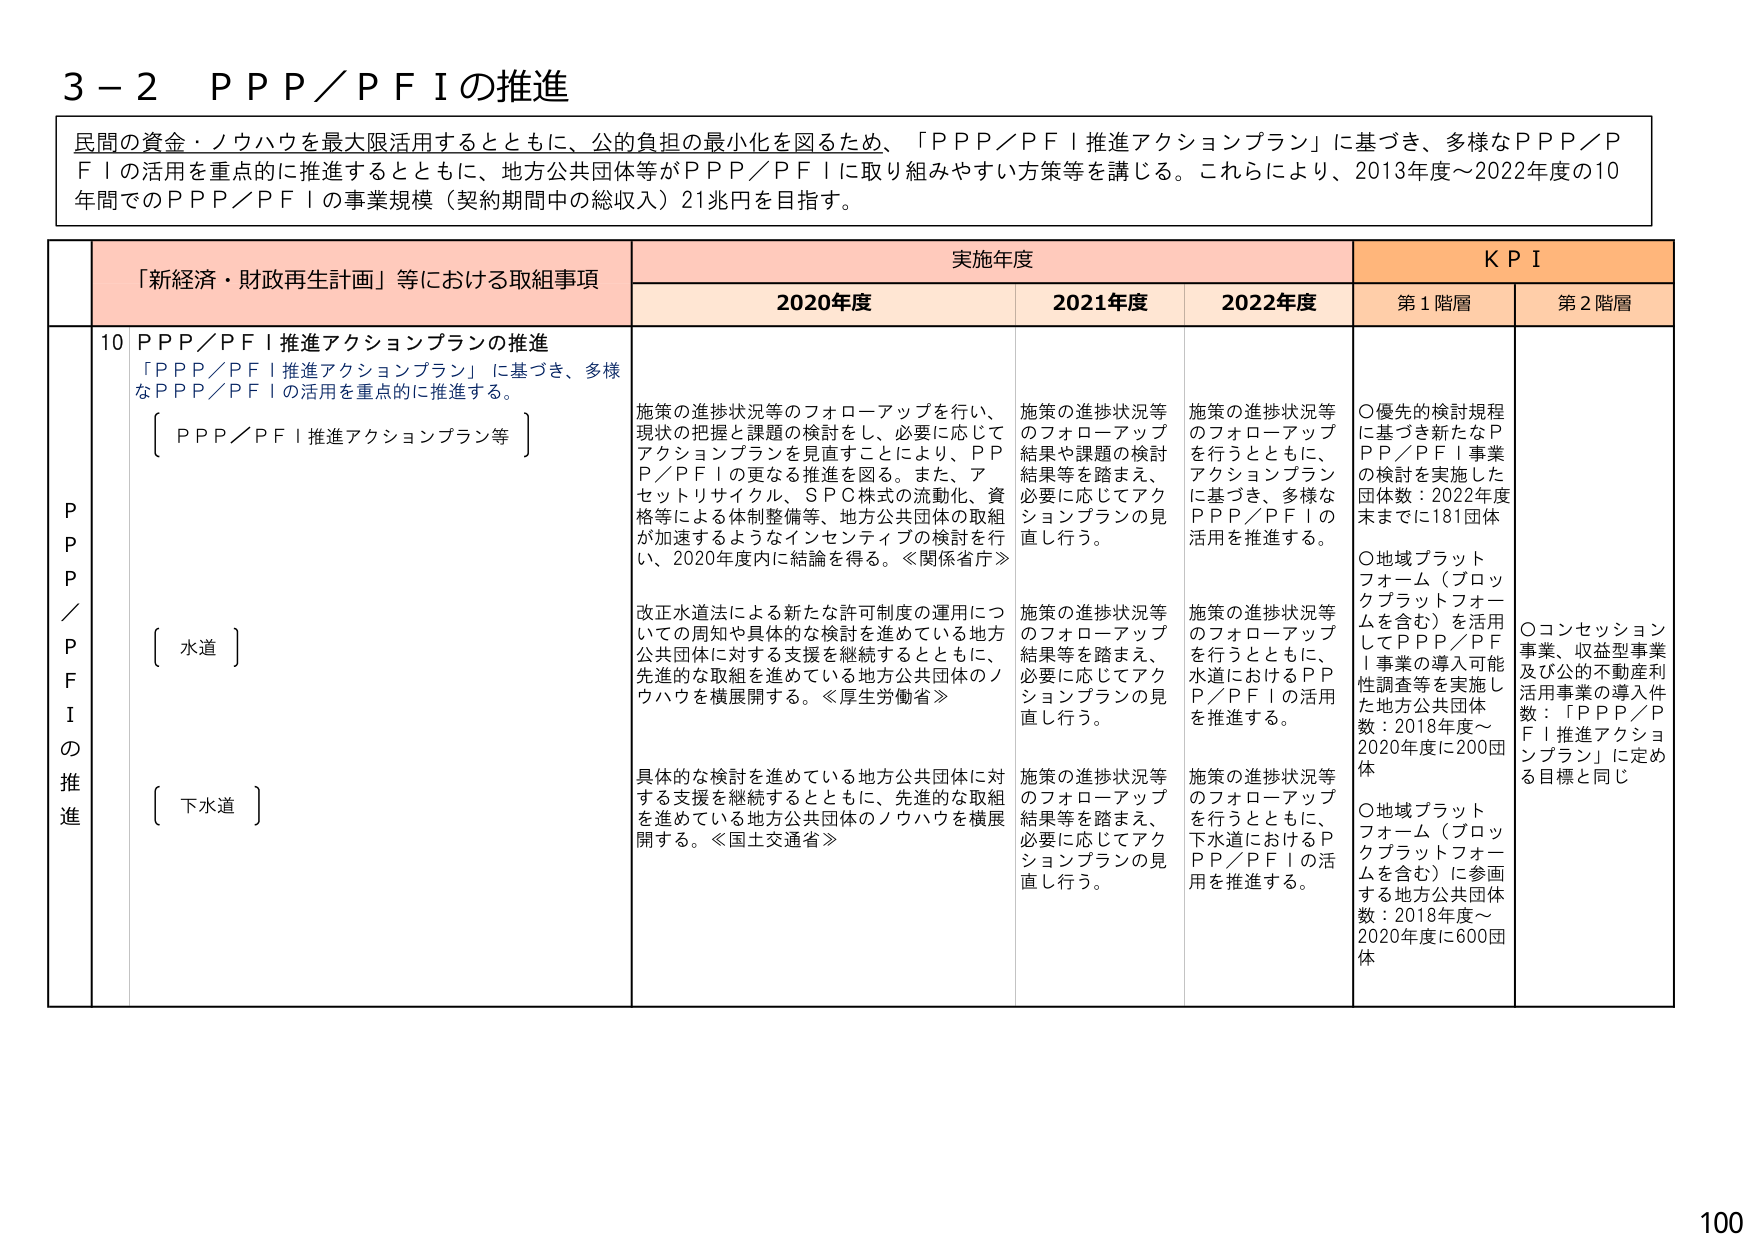
3－2　ＰＰＰ／ＰＦＩの推進

民間の資金・ノウハウを最大限活用するとともに、公的負担の最小化を図るため、「ＰＰＰ／ＰＦＩ推進アクションプラン」に基づき、多様なＰＰＰ／ＰＦＩの活用を重点的に推進するとともに、地方公共団体等がＰＰＰ／ＰＦＩに取り組みやすい方策等を講じる。これらにより、2013年度～2022年度の10年間でのＰＰＰ／ＰＦＩの事業規模（契約期間中の総収入）21兆円を目指す。

「新経済・財政再生計画」等における取組事項　　実施年度　　ＫＰＩ
　　　　　　　　　　　　　　　　　　　　　　　　2020年度　　2021年度　　2022年度　　第1階層　　第2階層

ＰＰＰ／ＰＦＩの推進
10　ＰＰＰ／ＰＦＩ推進アクションプランの推進
　　「ＰＰＰ／ＰＦＩ推進アクションプラン」に基づき、多様なＰＰＰ／ＰＦＩの活用を重点的に推進する。
　　〔ＰＰＰ／ＰＦＩ推進アクションプラン等〕
　　〔水道〕
　　〔下水道〕

　　施策の進捗状況等のフォローアップを行い、現状の把握と課題の検討をし、必要に応じてアクションプランを見直すことにより、ＰＰＰ／ＰＦＩの更なる推進を図る。また、アセットリサイクル、ＳＰＣ株式の流動化、資格等による体制整備等、地方公共団体の取組が加速するようなインセンティブの検討を行い、2020年度内に結論を得る。≪関係省庁≫

　　改正水道法による新たな許可制度の運用についての周知や具体的な検討を進めている地方公共団体に対する支援を継続するとともに、先進的な取組を進めている地方公共団体のノウハウを横展開する。≪厚生労働省≫

　　具体的な検討を進めている地方公共団体に対する支援を継続するとともに、先進的な取組を進めている地方公共団体のノウハウを横展開する。≪国土交通省≫

　　施策の進捗状況等のフォローアップ結果や課題の検討結果等を踏まえ、必要に応じてアクションプランの見直しを行う。

　　施策の進捗状況等のフォローアップを行うとともに、アクションプランに基づき、多様なＰＰＰ／ＰＦＩの活用を推進する。

　　施策の進捗状況等のフォローアップ結果等を踏まえ、必要に応じてアクションプランの見直しを行う。

　　施策の進捗状況等のフォローアップを行うとともに、水道におけるＰＰＰ／ＰＦＩの活用を推進する。

　　施策の進捗状況等のフォローアップ結果等を踏まえ、必要に応じてアクションプランの見直しを行う。

　　施策の進捗状況等のフォローアップを行うとともに、下水道におけるＰＰＰ／ＰＦＩの活用を推進する。

　　○優先的検討規程に基づき新たなＰＰＰ／ＰＦＩ事業の検討を実施した団体数：2022年度末までに181団体
　　○地域プラットフォーム（ブロックプラットフォームを含む）を活用してＰＰＰ／ＰＦＩ事業の導入可能性調査等を実施した地方公共団体数：2018年度～2020年度に200団体
　　○地域プラットフォーム（ブロックプラットフォームを含む）に参画する地方公共団体数：2018年度～2020年度に600団体
　　○コンセッション事業、収益型事業及び公的不動産利活用事業の導入件数：「ＰＰＰ／ＰＦＩ推進アクションプラン」に定める目標と同じ

100